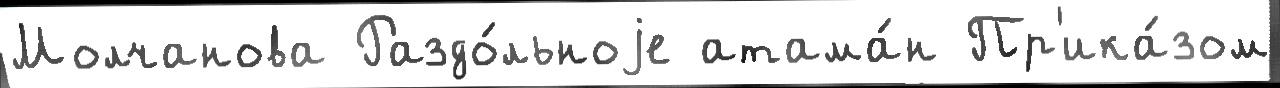
Молчанова Раздо́льноjе атама́н Пр'ика́зом